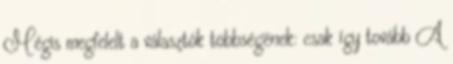
Mégis megfelelt a választók többségének: csak így tovább A